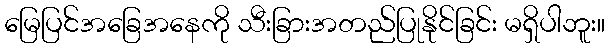
မြေပြင်အခြေအနေကို သီးခြားအတည်ပြုနိုင်ခြင်း မရှိပါဘူး။